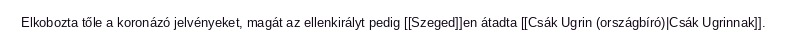
Elkobozta tőle a koronázó jelvényeket, magát az ellenkirályt pedig [[Szeged]]en átadta [[Csák Ugrin (országbíró)|Csák Ugrinnak]].